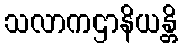
သလာကဌာနိယန္တိ